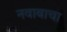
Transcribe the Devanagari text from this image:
नवाबाचा